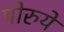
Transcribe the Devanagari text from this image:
पोरुये